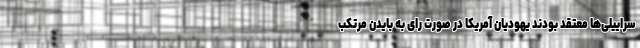
سراییلی‌ها معتقد بودند یهودیان آمریکا در صورت رای به بایدن مرتکب